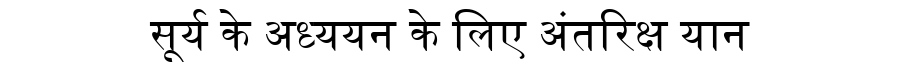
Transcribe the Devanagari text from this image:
सूर्य के अध्ययन के लिए अंतरिक्ष यान